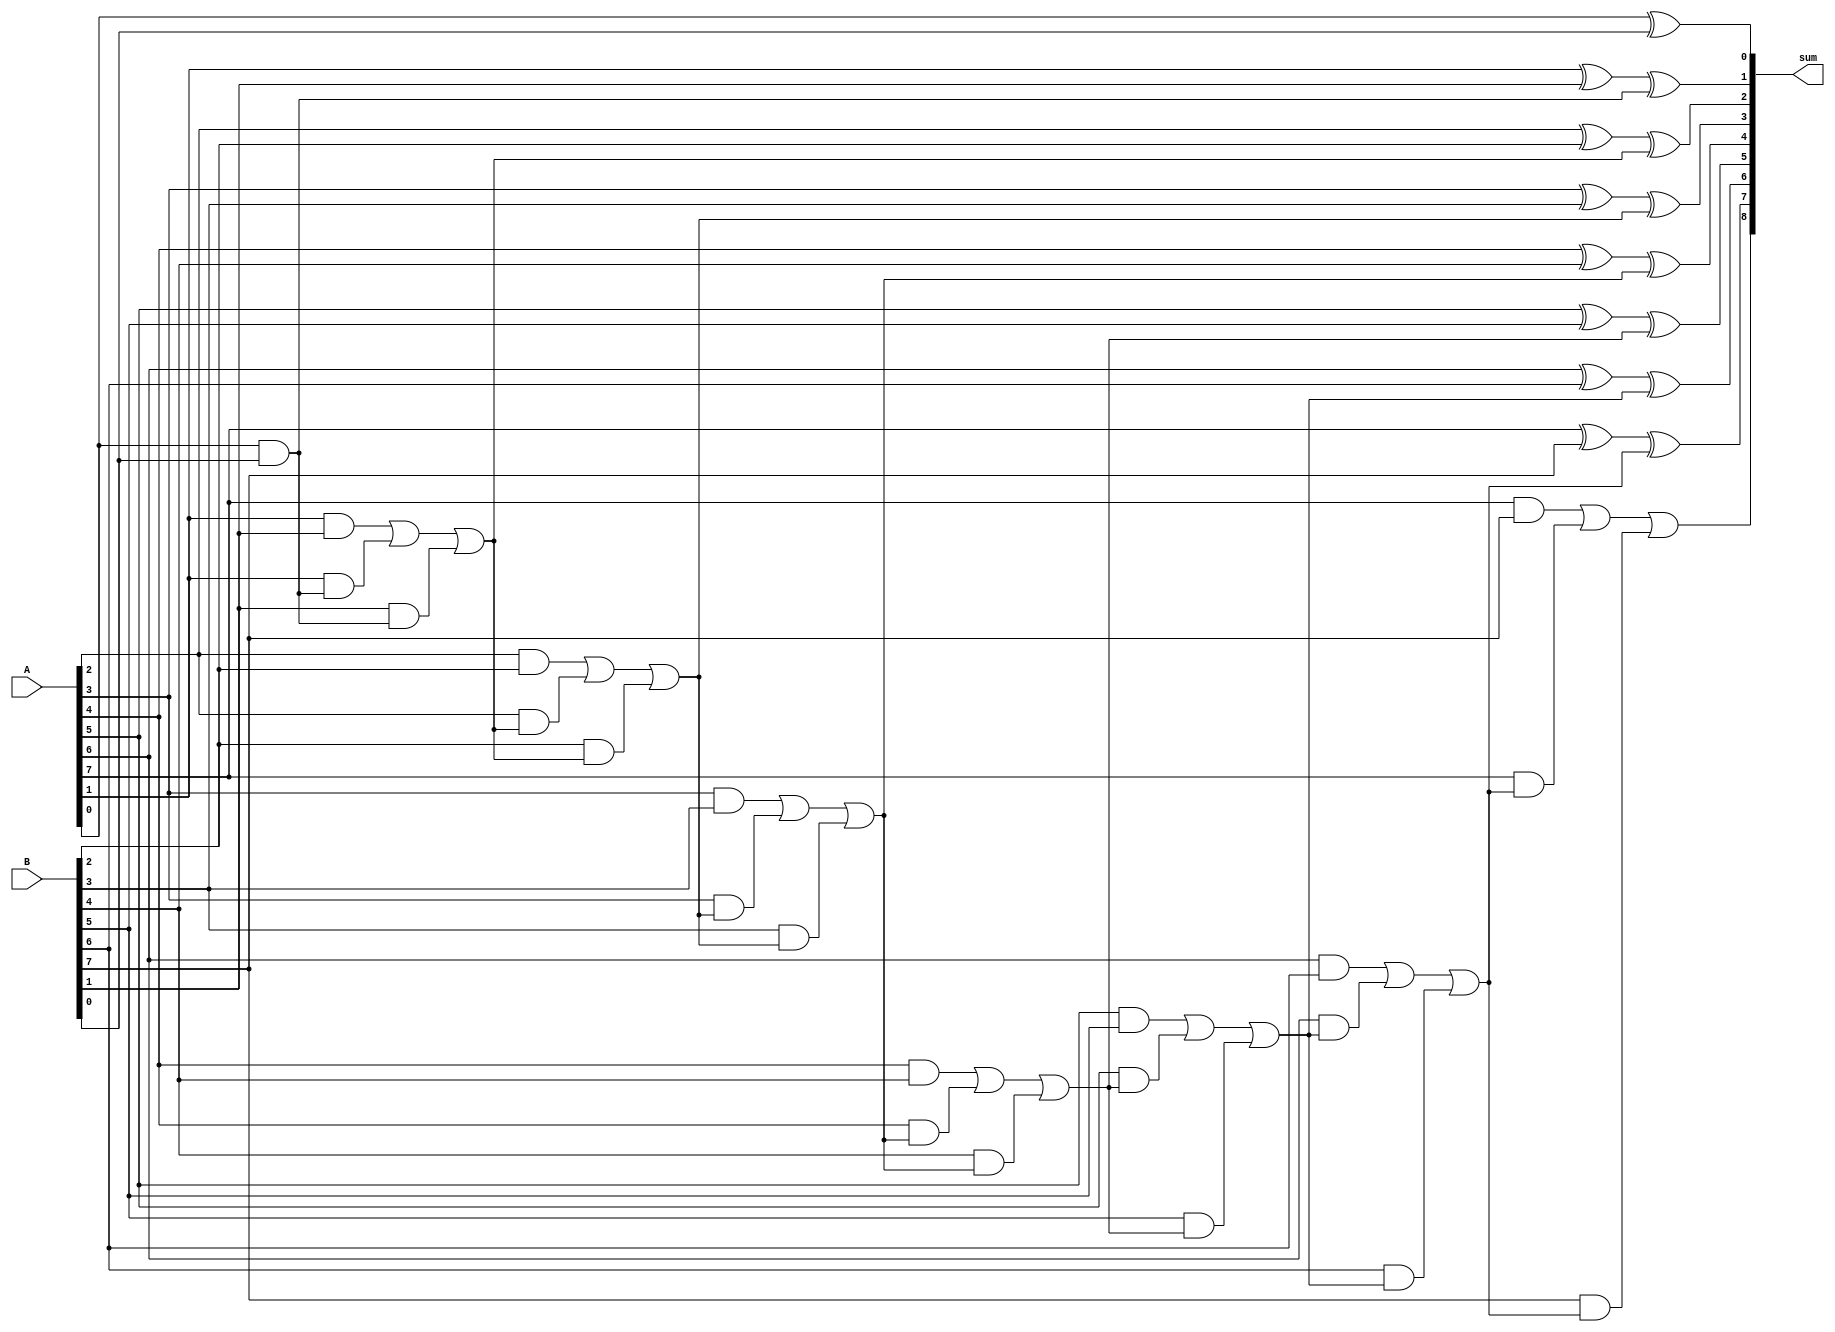
module carry_bypass_adder(
  input [7:0] A,
  input [7:0] B,
  output [8:0] sum
);

reg [8:0] carry;
assign sum[0] = A[0] ^ B[0];
assign carry[0] = A[0] & B[0];
genvar i;
generate
for (i = 1; i < 8; i = i + 1) begin
  assign sum[i] = A[i] ^ B[i] ^ carry[i-1];
  assign carry[i] = (A[i] & B[i]) | (A[i] & carry[i-1]) | (B[i] & carry[i-1]);
end
assign sum[8] = carry[7];

endgenerate

endmodule